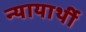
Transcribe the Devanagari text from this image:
न्यायार्थी